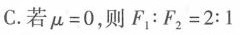
C.若$$μ = 0$$，则$$F _ { 1 } : F _ { 2 } = 2 : 1$$